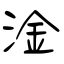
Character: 淦